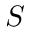
S